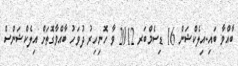
ބާއްވާ ބައި-އިލެކްޝަން 16 ޑިސެމްބަރ 2012 ވާ ހޮނިހިރު ދުވަހު ބާއްވާގޮތަށް އިލެކްޝަންސް